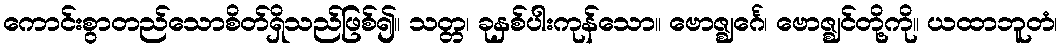
ကောင်းစွာတည်သောစိတ်ရှိသည်ဖြစ်၍။ သတ္တ၊ ခုနှစ်ပါးကုန်သော။ ဗောဇ္ဈင်္ဂေ၊ ဗောဇ္ဈင်တို့ကို။ ယထာဘူတံ၊